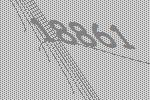
18861